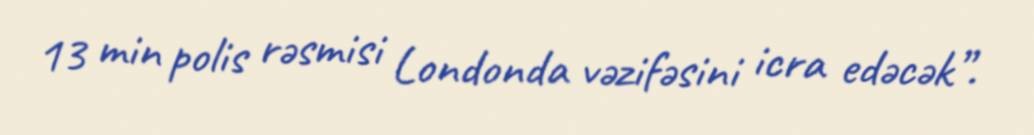
13 min polis rəsmisi Londonda vəzifəsini icra edəcək”.